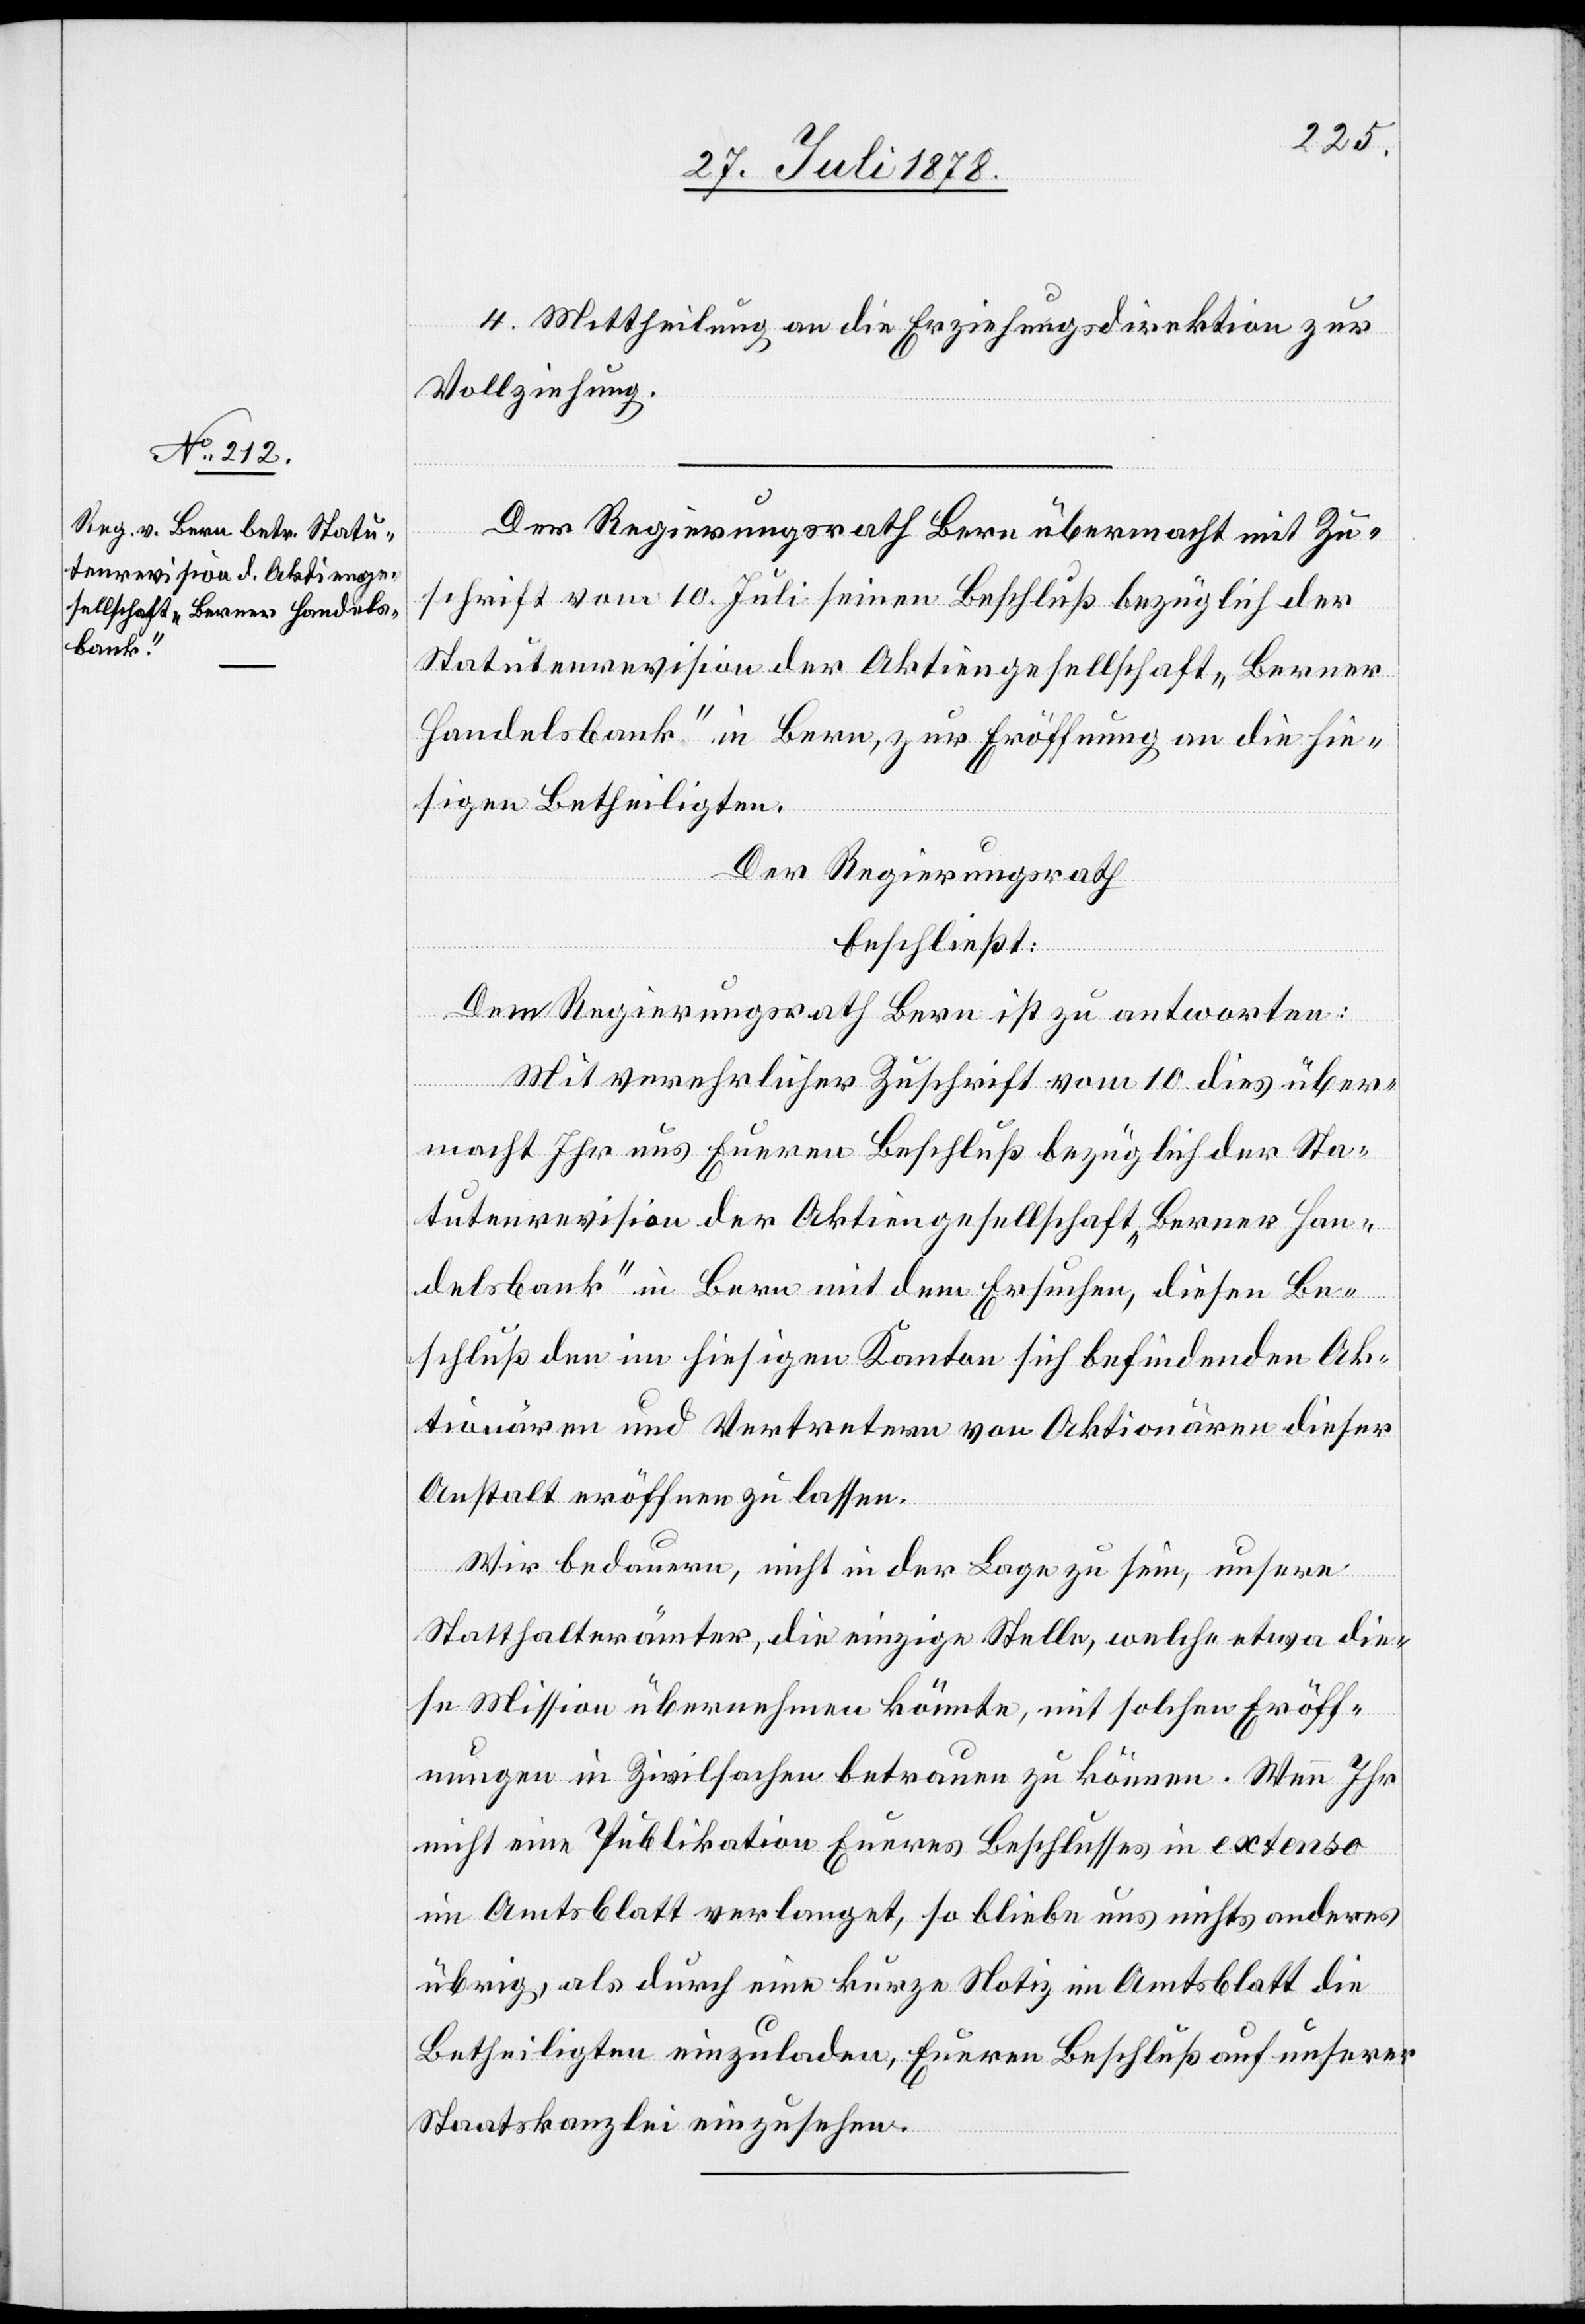
4. Mittheilung an die Erziehungsdirektion zur
Vollziehung.
Der Regierungsrath Bern übermacht mit Zu¬
schrift vom 10. Juli seinen Beschluß bezüglich der
Statutenrevision der Aktiengesellschaft „Berner
Handelsbank“ in Bern, zur Eröffnung an die hie¬
sigen Betheiligten.
Der Regierungsrath
beschließt:
Dem Regierungsrath Bern ist zu antworten:
ser
Mit verehrlicher Zuschrift vom 10. dies über¬
macht Ihr uns Euren Beschluß bezüglich der Sta¬
tutenrevision der Aktiengesellschaft „Berner Han¬
delsbank“ in Bern mit dem Ersuchen, diesen Be¬
schluß den im hiesigen Kanton sich befindenden Akt¬
Anstalt eröffnen zu lassen.
Vertre¬
Wir bedauern, nicht in der Lage zu sein, unsere
Statthalterämter, die einzige Stelle, welche etwa die¬
se Mission übernehmen könnte, mit solchen Eröff¬
nungen in Zivilsachen betrauen zu können. Wenn Ihr
nicht eine Publikation Eueres Beschlusses in extenso
im Amtsblatt verlanget, so bliebe uns nichts anderes
übrig, als durch eine kurze Notiz im Amtsblatt die
Betheiligten einzuladen, Eueren Beschluß auf unserer
Staatskanzlei einzusehen.